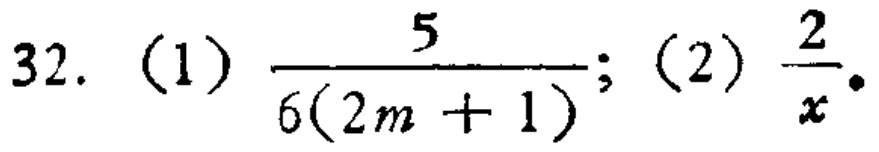
32. (1) \(\frac{5}{6(2m + 1)}\); (2) \(\frac{2}{x}\)